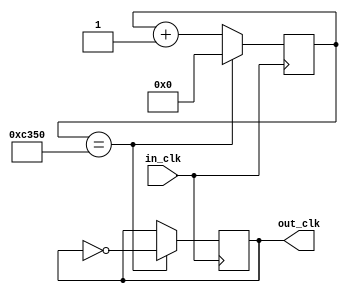
`timescale 1ns / 1ps
//////////////////////////////////////////////////////////////////////////////////
// Company: 
// Engineer: 
// 
// Design Name: 
// Module Name: clock_divider
// Project Name: 
// Target Devices: 
// Tool Versions: 
// Description: 
// 
// Dependencies: 
// 
// Revision:
// Revision 0.01 - File Created
// Additional Comments:
// 
//////////////////////////////////////////////////////////////////////////////////


module clock_divider(
    input in_clk,
    output reg out_clk
    );
    reg[31:0] count;
 
	initial begin
		out_clk =0;
		count = 0;
	end
	
	always @(posedge in_clk)
	begin
	   if(count == 50000) begin //50000000 for 1 second clock
	       out_clk = ~out_clk;
	       count = 0;
	   end else begin
	       count <= count + 1;
	   end
	 end
	   

		// increment count by one
		// if count equals to some big number (that you need to calculate),
		//   then flip the output clock,
		//   and reset count to zero.
endmodule